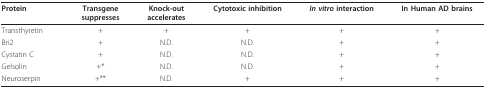
<table><thead><tr><td><b>Protein</b></td><td><b>Transgenesuppresses</b></td><td><b>Knock-outaccelerates</b></td><td><b>Cytotoxic inhibition</b></td><td><b><i>In vitro </i>interaction</b></td><td><b>In Human AD brains</b></td></tr></thead><tbody><tr><td>Transthyretin</td><td>+</td><td>+</td><td>+</td><td>+</td><td>+</td></tr><tr><td>Bri2</td><td>+</td><td>N.D.</td><td>N.D.</td><td>+</td><td>+</td></tr><tr><td>Cystatin C</td><td>+</td><td>N.D.</td><td>N.D.</td><td>+</td><td>+</td></tr><tr><td>Gelsolin</td><td>+*</td><td>N.D.</td><td>N.D.</td><td>+</td><td>+</td></tr><tr><td>Neuroserpin</td><td>+**</td><td>N.D.</td><td>+</td><td>+</td><td>+</td></tr></tbody></table>